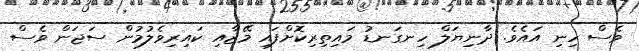
ވެސް ހިނި އައެވެ. ދާނިޔަލް ހިނގަނޑު މައިތިރިކޮށްފައި މޭޒާއި ކައިރިވެލުމުން ސަޖަން ވެސް